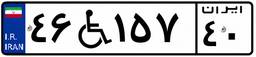
۴۶W۱۵۷۴۰